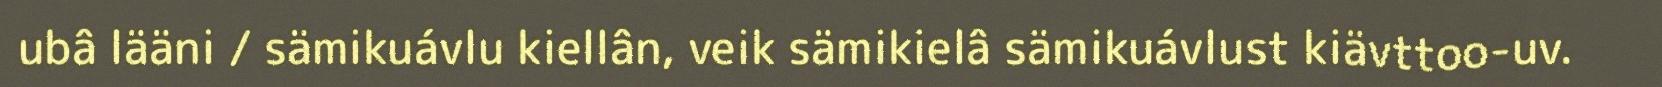
ubâ lääni / sämikuávlu kiellân, veik sämikielâ sämikuávlust kiävttoo-uv.